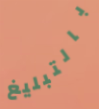
بالتبليغ